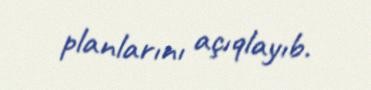
planlarını açıqlayıb.